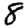
Digit: 8